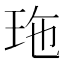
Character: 𤤩